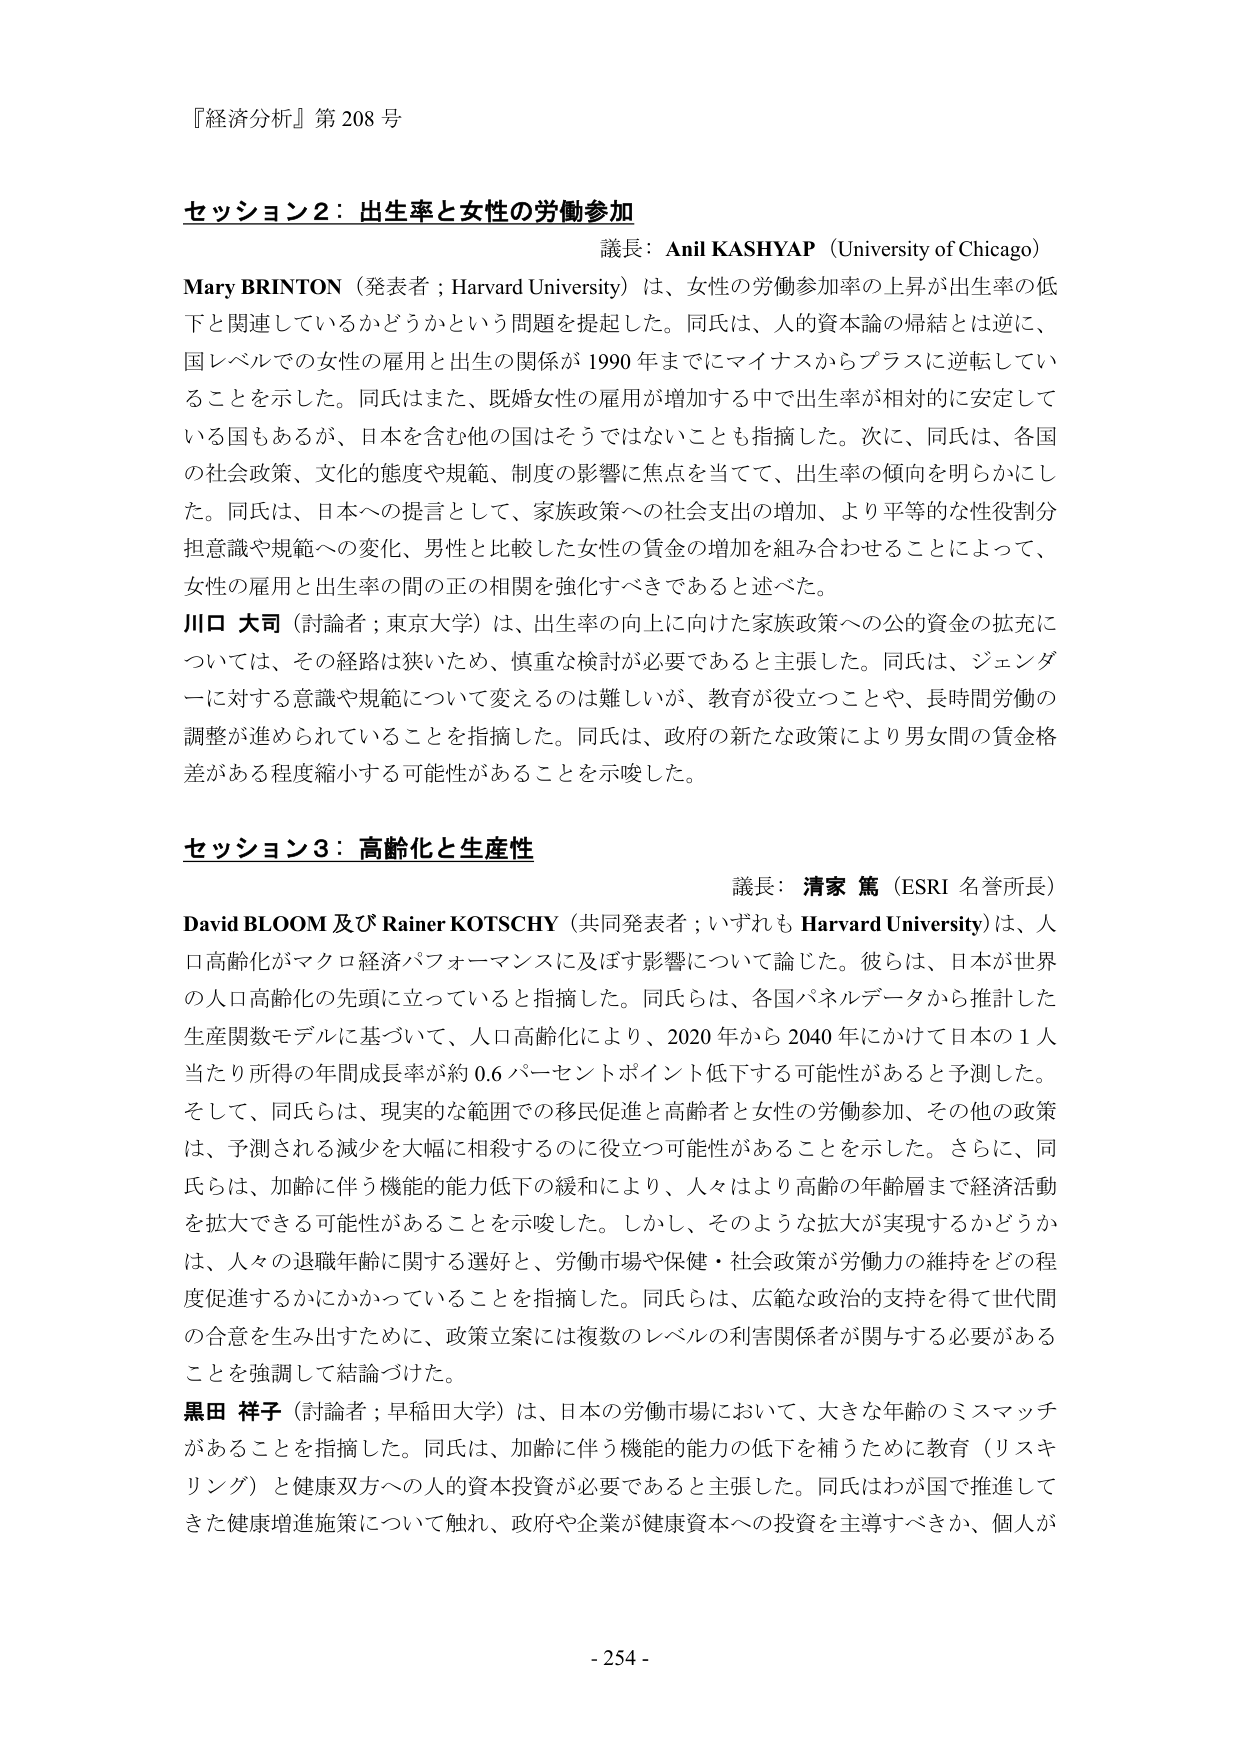
『経済分析』第 208 号

セッション2：出生率と女性の労働参加
議長：Anil KASHYAP（University of Chicago）
Mary BRINTON（発表者；Harvard University）は、女性の労働参加率の上昇が出生率の低下と関連しているかどうかという問題を提起した。同氏は、人的資本論の帰結とは逆に、国レベルでの女性の雇用と出生の関係が 1990 年までにマイナスからプラスに逆転していることを示した。同氏はまた、既婚女性の雇用が増加する中で出生率が相対的に安定している国もあるが、日本を含む他の国はそうではないことも指摘した。次に、同氏は、各国の社会政策、文化的態度や規範、制度の影響に焦点を当てて、出生率の傾向を明らかにした。同氏は、日本への提言として、家族政策への社会支出の増加、より平等的な性役割分担意識や規範への変化、男性と比較した女性の賃金の増加を組み合わせることによって、女性の雇用と出生率の間の正の相関を強化すべきであると述べた。
川口 大司（討論者；東京大学）は、出生率の向上に向けた家族政策への公的資金の拡充については、その経路は狭いため、慎重な検討が必要であると主張した。同氏は、ジェンダーに対する意識や規範について変えるのは難しいが、教育が役立つことや、長時間労働の調整が進められていることを指摘した。同氏は、政府の新たな政策により男女間の賃金格差がある程度縮小する可能性があることを示唆した。

セッション3：高齢化と生産性
議長：清家 篤（ESRI 名誉所長）
David BLOOM 及び Rainer KOTSCHY（共同発表者；いずれも Harvard University）は、人口高齢化がマクロ経済パフォーマンスに及ぼす影響について論じた。彼らは、日本が世界の人口高齢化の先頭に立っていると指摘した。同氏らは、各国パネルデータから推計した生産関数モデルに基づいて、人口高齢化により、2020 年から 2040 年にかけて日本の 1 人当たり所得の年間成長率が約 0.6 パーセントポイント低下する可能性があると予測した。そして、同氏らは、現実的な範囲での移民促進と高齢者と女性の労働参加、その他の政策は、予測される減少を大幅に相殺するのに役立つ可能性があることを示した。さらに、同氏らは、加齢に伴う機能的能力低下の緩和により、人々はより高齢の年齢層まで経済活動を拡大できる可能性があることを示唆した。しかし、そのような拡大が実現するかどうかは、人々の退職年齢に関する選好と、労働市場や保健・社会政策が労働力の維持をどの程度促進するかにかかっていることを指摘した。同氏らは、広範な政治的支持を得て世代間の合意を生み出すために、政策立案には複数のレベルの利害関係者が関与する必要があることを強調して結論づけた。
黒田 祥子（討論者；早稲田大学）は、日本の労働市場において、大きな年齢のミスマッチがあることを指摘した。同氏は、加齢に伴う機能的能力の低下を補うために教育（リスキリング）と健康双方への人的資本投資が必要であると主張した。同氏はわが国で推進してきた健康増進施策について触れ、政府や企業が健康資本への投資を主導すべきか、個人が

- 254 -